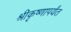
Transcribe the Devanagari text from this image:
श्रीकृष्णापर्यंत